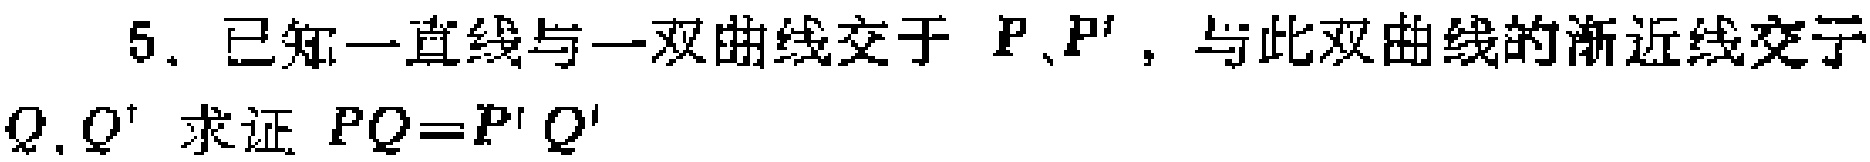
5. 已知一直线与一双曲线交于 \(P\)、\(P'\)，与此双曲线的渐近线交于 \(Q\)、\(Q'\) 求证 \(PQ = P'Q'\)